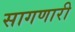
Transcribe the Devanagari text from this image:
सागणारी